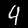
Label: 4